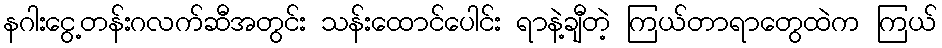
နဂါးငွေ့တန်းဂလက်ဆီအတွင်း သန်းထောင်ပေါင်း ရာနဲ့ချီတဲ့ ကြယ်တာရာတွေထဲက ကြယ်